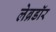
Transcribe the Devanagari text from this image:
लेब्रडॉर